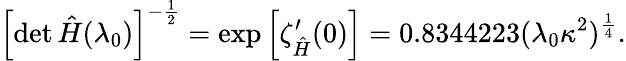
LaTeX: \left[\operatorname*{det}\hat{H}(\lambda_{0})\right]^{-\frac{1}{2}}=\mathrm{exp}\left[\zeta_{\hat{H}}^{\prime}(0)\right]=0.8344223(\lambda_{0}\kappa^{2})^{\frac{1}{4}}.